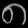
Digit: ၈